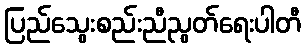
ပြည်သွေးစည်းညီညွတ်ရေးပါတီ